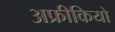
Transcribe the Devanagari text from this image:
अफ्रीकियो